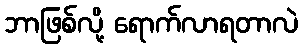
ဘာဖြစ်လို့ ရောက်လာရတာလဲ